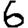
Digit: 6